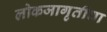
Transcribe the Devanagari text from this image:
लोकजागृतीचा